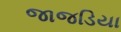
જાજડિયા